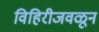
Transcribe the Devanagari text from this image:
विहिरीजवळून